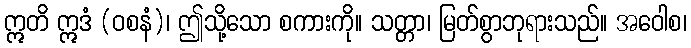
ဣတိ ဣဒံ (ဝစနံ)၊ ဤသို့သော စကားကို။ သတ္တာ၊ မြတ်စွာဘုရားသည်။ အဝေါစ၊